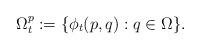
LaTeX: \begin{align*} \Omega_t^p:=\{\phi_t(p,q): q\in \Omega\}.\end{align*}